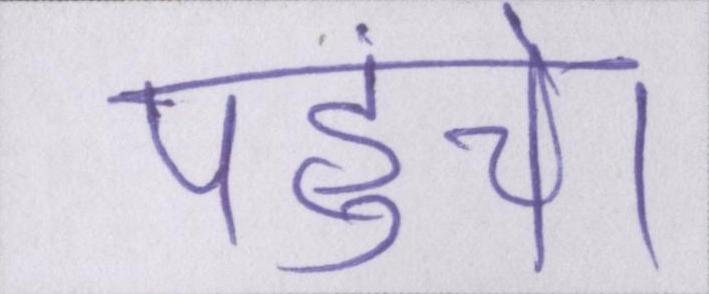
पहुंचे।